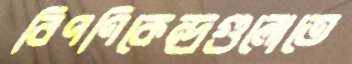
বিপণিকেন্দ্রগুলোতে